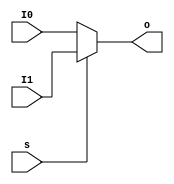
`timescale 1ns / 1ps

module Mux2x32(
    input   [31:0]  I0,
    input   [31:0]  I1,
    input           s,
    output  [31:0]  o
);
    assign o = s ? I1 : I0;
endmodule